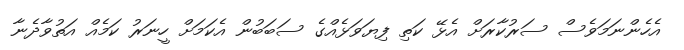
އެހެންނަމަވެސް ސަރުކާރަށް އެޅޭ ކަތި ފިޔަވަޅެއްގެ ސަބަބުން އެކަމަށް ހީނަރު ކަމެއް އަތުވާދެނާ